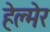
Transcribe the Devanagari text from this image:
हेल्मेर